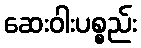
ဆေးဝါးပစ္စည်း